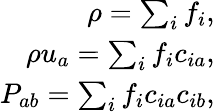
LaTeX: \begin{array}{r}{\rho=\sum_{i}f_{i},}\\ {\rho u_{a}=\sum_{i}f_{i}c_{ia},}\\ {P_{ab}=\sum_{i}f_{i}c_{ia}c_{ib},}\end{array}